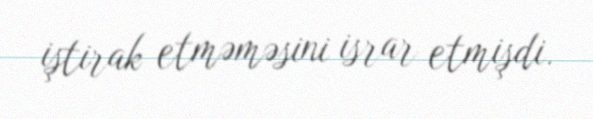
iştirak etməməsini israr etmişdi.